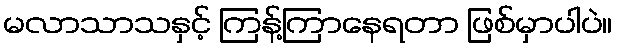
မလာသာသနှင့် ကြန့်ကြာနေရတာ ဖြစ်မှာပါပဲ။